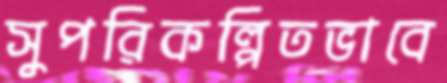
সুপরিকল্পিতভাবে